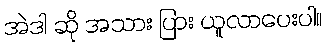
အဲဒါ ဆို အသား ပြား ယူလာပေးပါ။